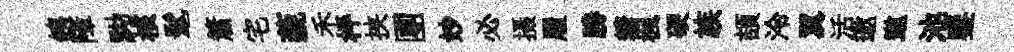
銕障黝核髦簫宅藐禾枰挟團妙必摄履勝糖楓硬族頡泠翼活邀遨池鑒